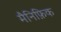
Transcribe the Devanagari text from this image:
मैनिफ़िक